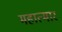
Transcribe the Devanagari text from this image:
महात्मार